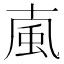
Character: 𩖘